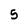
Character: 5